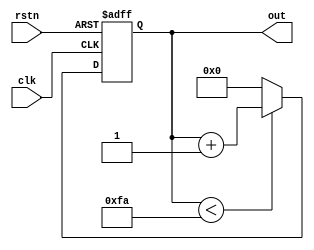
module cnt(
	input clk,
	input rstn,
	output reg [7:0] out
);

always @(posedge clk, negedge rstn)
begin
	if(!rstn)
	begin
		out<=0;
	end
	else
	begin
		if(out<250) out<=out +1;
		else out<=0;
	end
end

endmodule